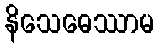
နိသေဓေဿာမ